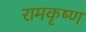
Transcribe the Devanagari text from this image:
रामकृष्‍ण